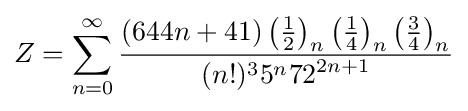
Z=\sum _{n=0}^{\infty }{\frac {(644n+41)\left({\frac {1}{2}}\right)_{n}\left({\frac {1}{4}}\right)_{n}\left({\frac {3}{4}}\right)_{n}}{(n!)^{3}5^{n}{72}^{2n+1}}}